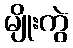
မျိုးကွဲ